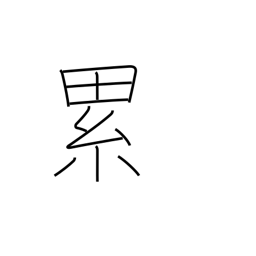
Meaning: continually